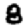
Digit: 8